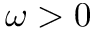
\omega > 0